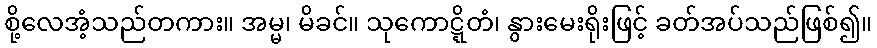
စို့လေအံ့သည်တကား။ အမ္မ၊ မိခင်။ သုကောဋ္ဋိတံ၊ နွားမေးရိုးဖြင့် ခတ်အပ်သည်ဖြစ်၍။